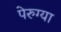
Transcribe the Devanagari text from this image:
पेरुग्या